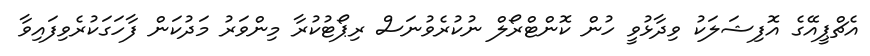
އެޗްޕީއޭގެ އޮފިޝަލަކު ވިދާޅުވީ ހުން ކޮންޓްރޯލް ނުކުރެވުނަސް ރިޕޯޓުކުރާ މިންވަރު މަދުކަން ފާހަގަކުރެވިފައިވާ